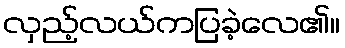
လှည့်လယ်ကပြခဲ့လေ၏။